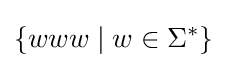
\left\{www\mid w\in \Sigma ^{*}\right\}